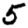
Digit: 5